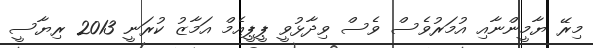
މިރޭ ޔާމީންނާއި އުމަރުވެސް ވެސް ވިދާޅުވީ ޕީޕީއެމް އަމާޒު ކުރަނީ 2013 ރިޔާސީ